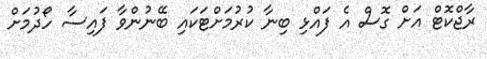
ރާޖްކޮޓް އަށް ގޮސް އެ ފައްޅި ބިނާ ކުރުމަށްޓަކައި ބޭނުންވާ ފައިސާ ހޯދުމަށް